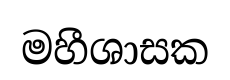
මහීශාසක